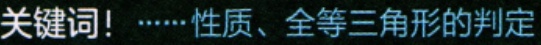
关键词！……性质、全等三角形的判定